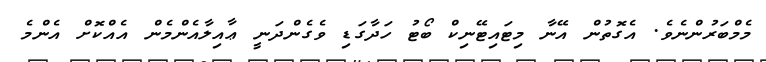
މެމްބަރުންނެވެ. އެގޮތުން އޭނާ މިޓައިޓޭނިކް ބޯޓު ހަދާގަޑި ވެގެންދަނީ ޢާއިލާއެންމެން އެއްކޮށް އެންމެ